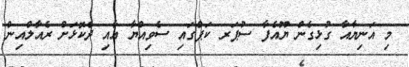
މި އަނިޔާއާ ގުޅިގެން ޔޫއެފާ ސުޕަރ ކަޕްގައި ސެވިއްޔާ އާއި ދެކޮޅަށް ރެއާލްއިން